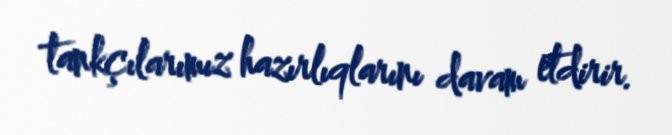
tankçılarımız hazırlıqlarını davam etdirir.